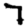
Digit: 7